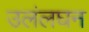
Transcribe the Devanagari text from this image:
उलंलघन